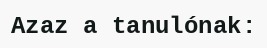
Azaz a tanulónak: